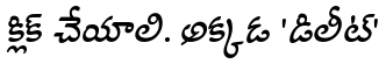
క్లిక్ చేయాలి. అక్కడ 'డిలీట్'